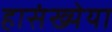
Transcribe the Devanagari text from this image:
हासंख्येया